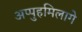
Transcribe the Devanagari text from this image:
अप्पुहमिलागे